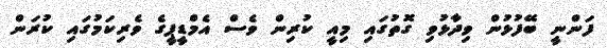
ފަންނީ ބޭފުޅުން ވިދާޅުވި ގޮތުގައި މިއީ ކުރިން ވެސް އެމްޑީޕީގެ ވެރިކަމުގައި ކުރަން